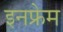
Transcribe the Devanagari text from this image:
इनफ्रेम